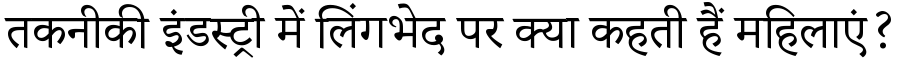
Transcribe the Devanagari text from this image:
तकनीकी इंडस्ट्री में लिंगभेद पर क्या कहती हैं महिलाएं?